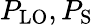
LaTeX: P_{\mathrm{LO}},P_{\mathrm{S}}